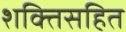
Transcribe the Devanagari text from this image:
शक्तिसहित